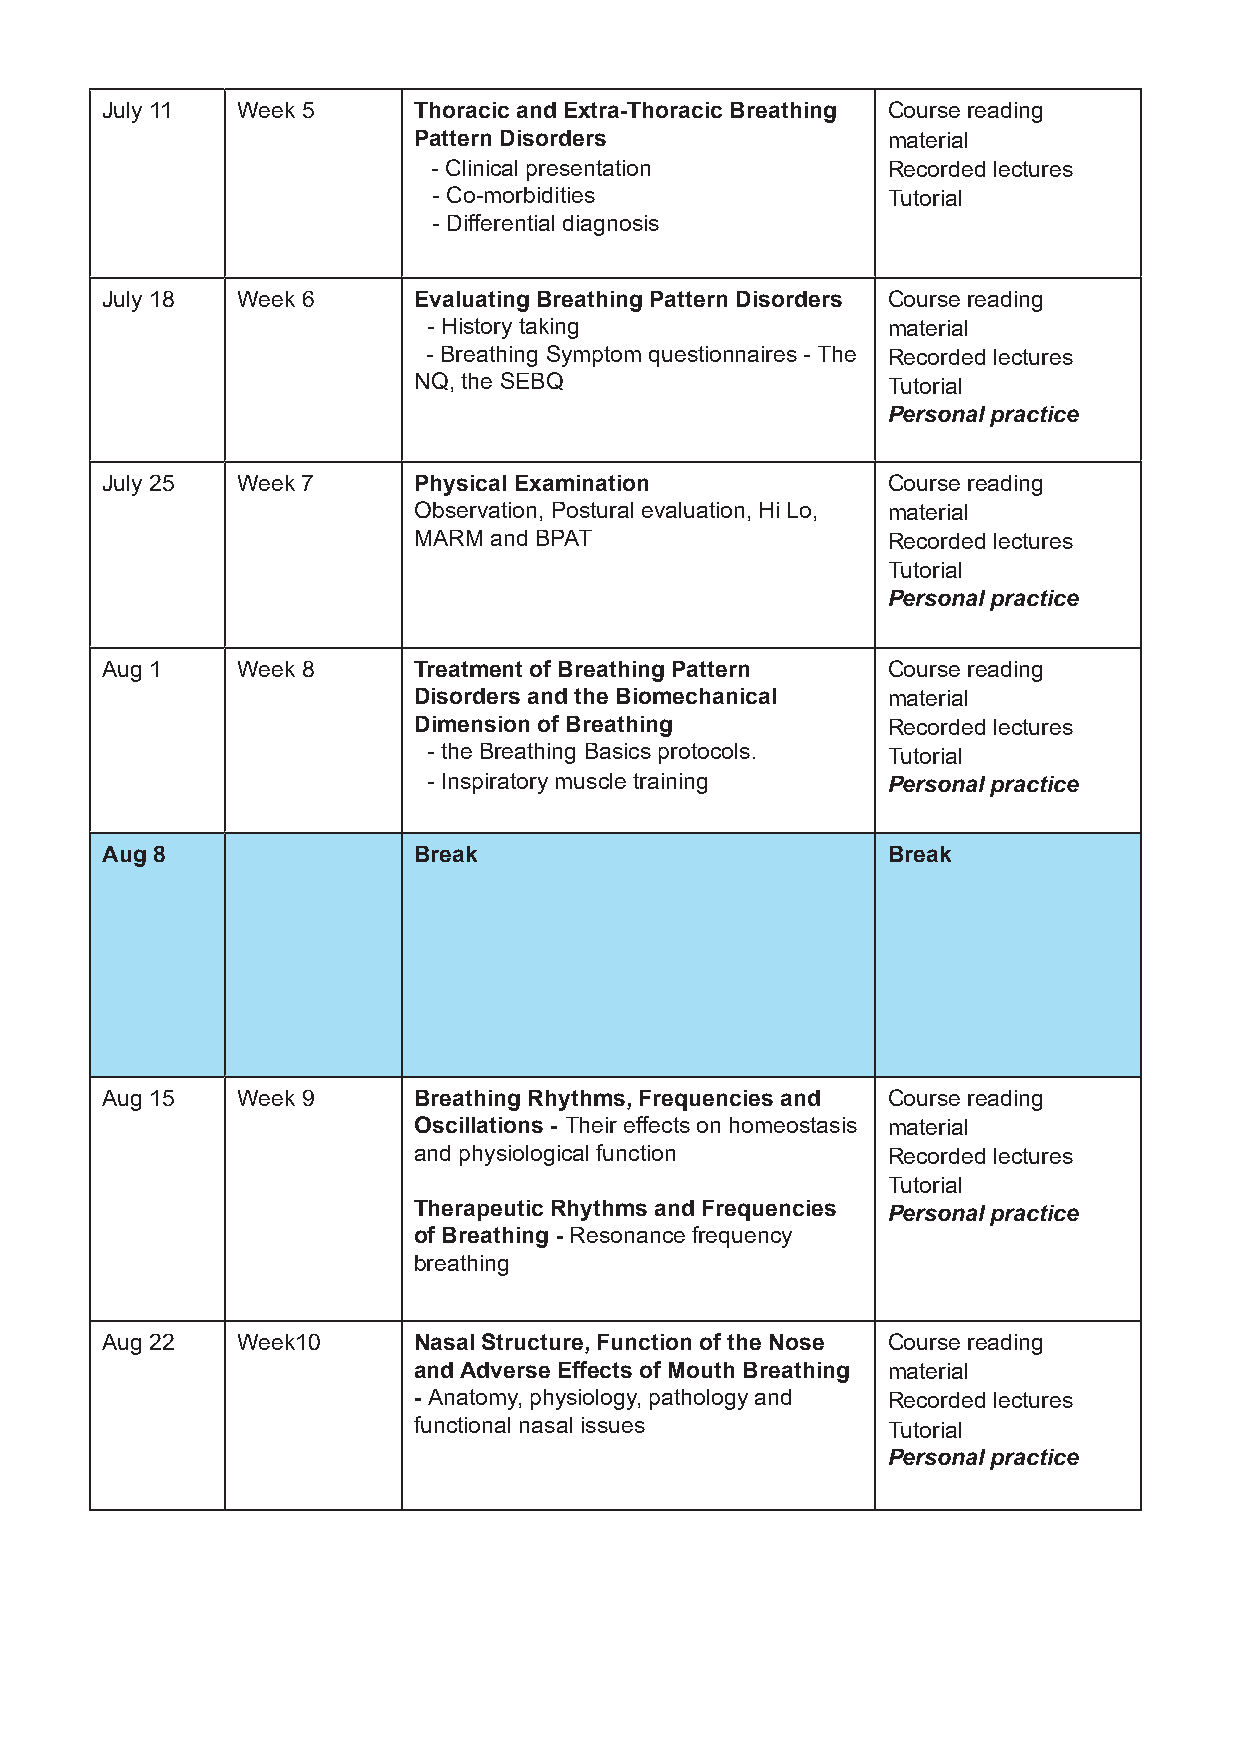
July 11  Week 5     Thoracic and Extra-Thoracic Breathing Course reading
 Pattern Disorders               material
 - Clinical presentation       Recorded lectures
 - Co-morbidities              Tutorial
 - Differential diagnosis
 July 18  Week 6     Evaluating Breathing Pattern Disorders Course reading
 - History taking               material
 - Breathing Symptom questionnaires - The Recorded lectures
 NQ, the SEBQ                    Tutorial
 Personal practice
 July 25  Week 7     Physical Examination            Course reading
 Observation, Postural evaluation, Hi Lo, material
 MARM and BPAT                   Recorded lectures
 Tutorial
 Personal practice
 Aug 1    Week 8     Treatment of Breathing Pattern  Course reading
 Disorders and the Biomechanical material
 Dimension of Breathing          Recorded lectures
 - the Breathing Basics protocols. Tutorial
 - Inspiratory muscle training  Personal practice
 Aug 8               Break                           Break
 Aug 15   Week 9     Breathing Rhythms, Frequencies and Course reading
 Oscillations - Their effects on homeostasis material
 and physiological function      Recorded lectures
 Tutorial
 Therapeutic Rhythms and Frequencies Personal practice
 of Breathing - Resonance frequency
 breathing
 Aug 22   Week10     Nasal Structure, Function of the Nose Course reading
 and Adverse Effects of Mouth Breathing material
 - Anatomy, physiology, pathology and Recorded lectures
 functional nasal issues         Tutorial
 Personal practice